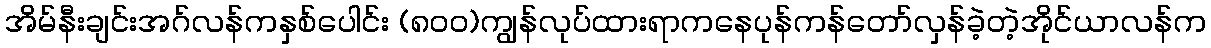
အိမ်နီးချင်းအဂ်လန်ကနှစ်ပေါင်း (၈၀၀)ကျွန်လုပ်ထားရာကနေပုန်ကန်တော်လှန်ခဲ့တဲ့အိုင်ယာလန်က